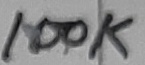
Text: 100K